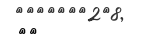
٣٥